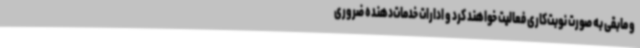
و مابقی به صورت نوبت‌کاری فعالیت خواهند کرد و ادارات خدمات‌دهنده ضروری